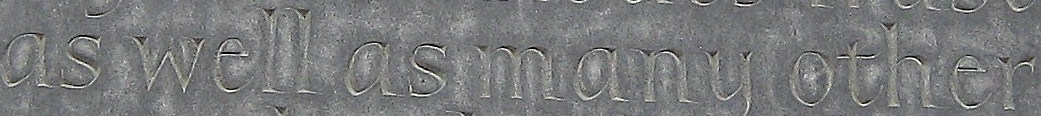
as well as many other